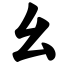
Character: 幺